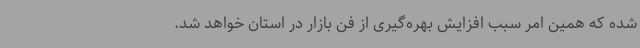
شده که همین امر سبب افزایش بهره‌گیری از فن بازار در استان خواهد شد.